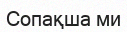
Сопақша ми